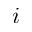
i